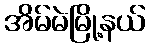
အိမ်မဲမြို့နယ်